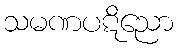
သမဏပဋိညော